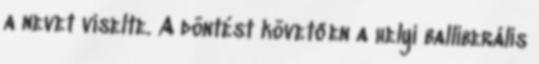
a nevet viselte. A döntést követően a helyi balliberális